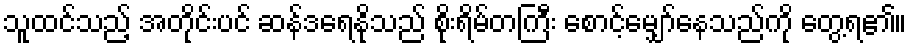
သူထင်သည့် အတိုင်းပင် ဆန်ဒရေနိုသည် စိုးရိမ်တကြီး စောင့်မျှော်နေသည်ကို တွေ့ရ၏။